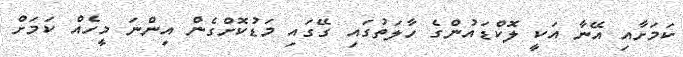
ކަމަށާއި އޭނާ އަކީ ލޮކްޑައުންގެ ހާލަތުގައި ގޭގައި މަޑުކޮށްގެން އިންނަ މީހެއް ކަމަށް